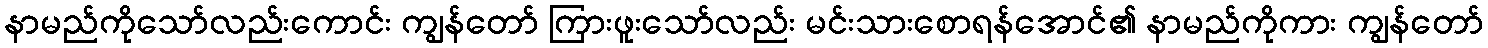
နာမည်ကိုသော်လည်းကောင်း ကျွန်တော် ကြားဖူးသော်လည်း မင်းသားစောရန်အောင်၏ နာမည်ကိုကား ကျွန်တော်